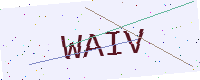
Text: WAIV